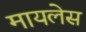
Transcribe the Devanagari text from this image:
मायलेस